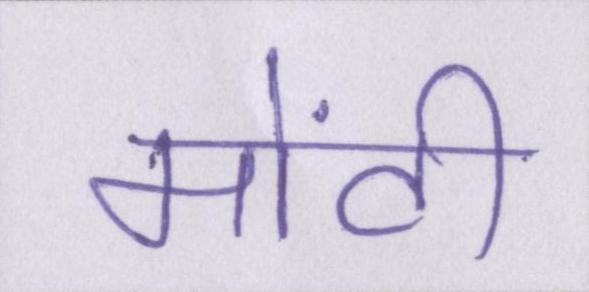
मोंटी